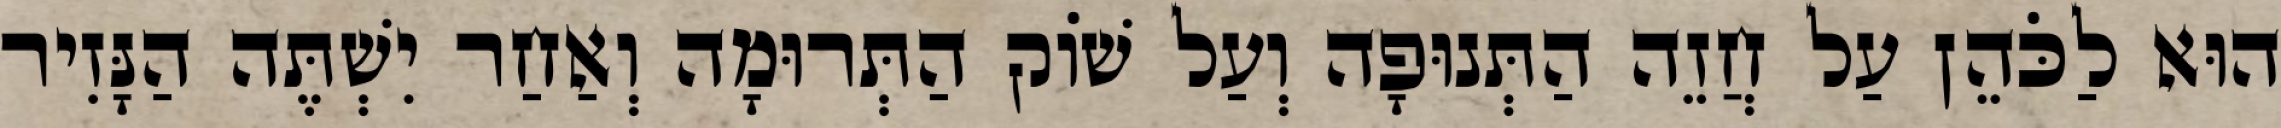
הוּא לַכֹּהֵן עַל חֲזֵה הַתְּנוּפָה וְעַל שׁוֹק הַתְּרוּמָה וְאַחַר יִשְׁתֶּה הַנָּזִיר